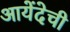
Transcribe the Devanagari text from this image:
आयेंदेची